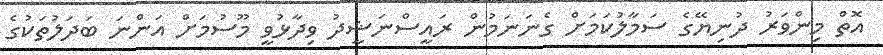
އޮތް މިންވަރު ދުނިޔޭގެ ސަމާލުކަމަށް ގެނަނަމުން ރައީސްނަޝީދު ވިދާޅުވީ މޫސުމަށް އަންނަ ބަދަލުތަކުގެ